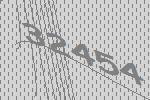
32454